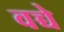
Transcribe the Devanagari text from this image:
वच्चे